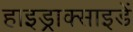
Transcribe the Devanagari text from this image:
हाइड्राक्साइडें